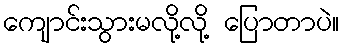
ကျောင်းသွားမလို့လို့ ပြောတာပဲ။